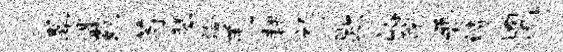
翠偶苑芍琴洽羌耕祚歇峪院晋诗罔